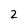
Character: 2